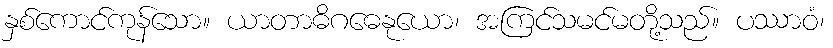
နှစ်ကောင်ကုန်သော။ ယာတာဓိဂဓေနုယော၊ အကြင်သမင်မတို့သည်။ ပဿာဝံ၊